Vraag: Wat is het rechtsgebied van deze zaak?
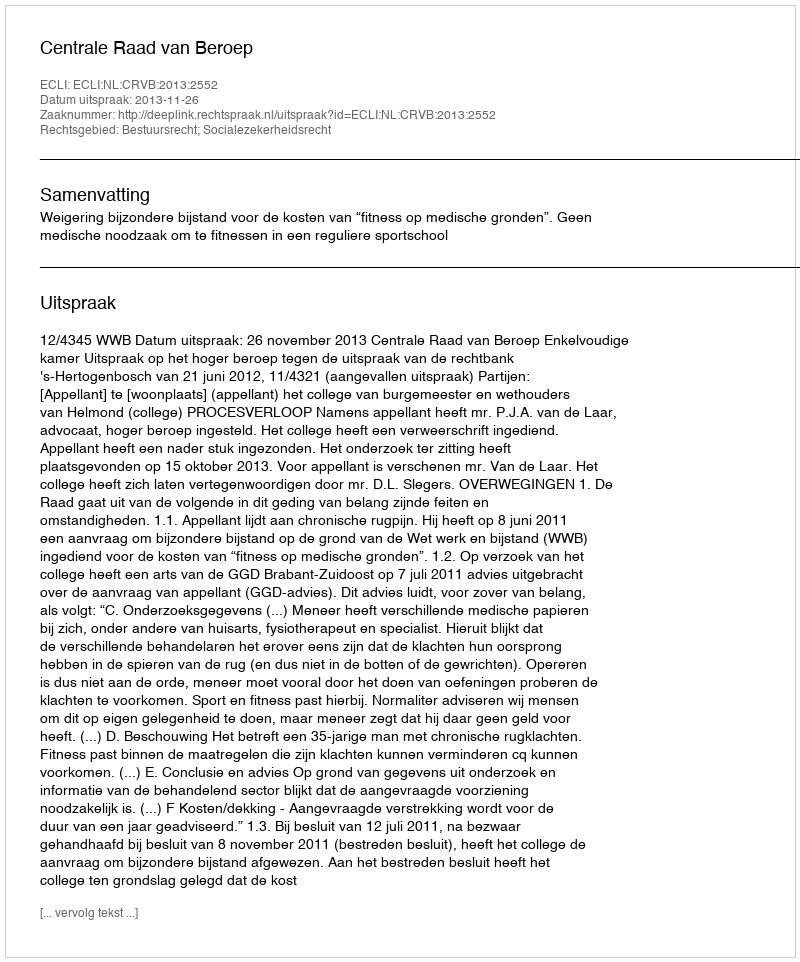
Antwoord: Bestuursrecht; Socialezekerheidsrecht